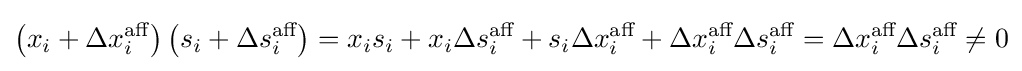
\left(x_{i}+\Delta x_{i}^{\text{aff}}\right)\left(s_{i}+\Delta s_{i}^{\text{aff}}\right)=x_{i}s_{i}+x_{i}\Delta s_{i}^{\text{aff}}+s_{i}\Delta x_{i}^{\text{aff}}+\Delta x_{i}^{\text{aff}}\Delta s_{i}^{\text{aff}}=\Delta x_{i}^{\text{aff}}\Delta s_{i}^{\text{aff}}\neq 0